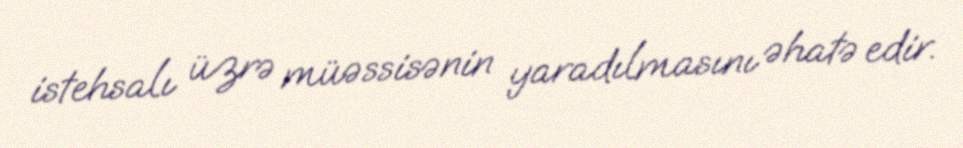
istehsalı üzrə müəssisənin yaradılmasını əhatə edir.